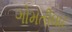
ગોમતીઘાટ